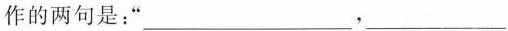
作的两句是：”_________，____